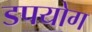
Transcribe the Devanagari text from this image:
डपयोग